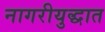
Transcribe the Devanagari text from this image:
नागरीयुद्धात